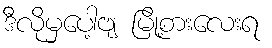
ဒီလိုမှပေါ့ဗျ မြို့စားလေးရ